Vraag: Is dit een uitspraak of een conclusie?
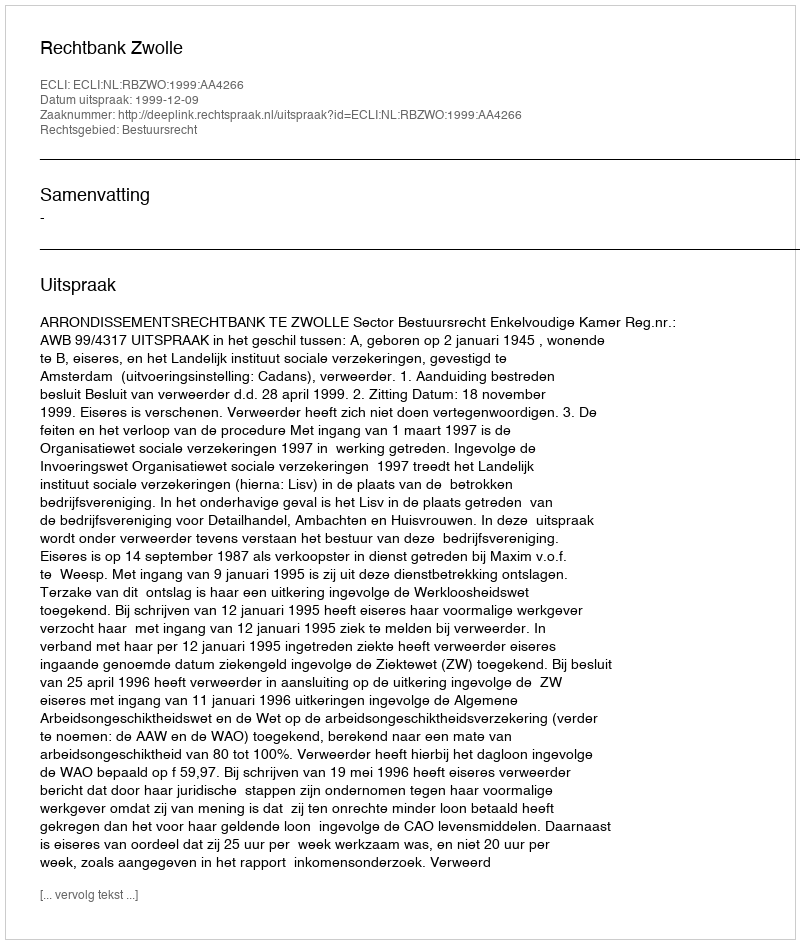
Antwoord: Uitspraak